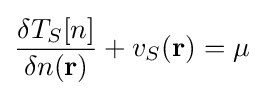
{\frac {\delta T_{S}[n]}{\delta n(\mathbf {r} )}}+v_{S}(\mathbf {r} )=\mu